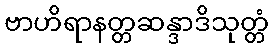
ဗာဟိရာနတ္တဆန္ဒာဒိသုတ္တံ